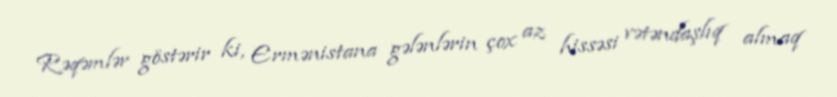
Rəqəmlər göstərir ki, Ermənistana gələnlərin çox az hissəsi vətəndaşlıq almaq